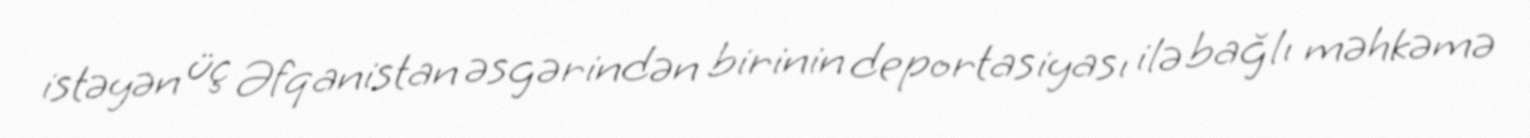
istəyən üç Əfqanistan əsgərindən birinin deportasiyası ilə bağlı məhkəmə